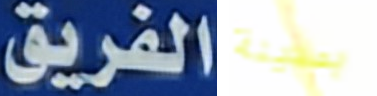
الفريق بمدينة